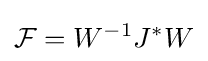
{\mathcal {F}}=W^{-1}J^{*}W